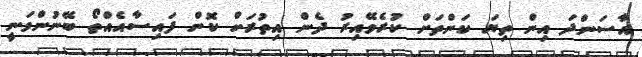
އާސަންދަ އިން ތިޔަ ކަންތަށް ކުރެވޭއިރު ދެން އިތުރަށް ކޮން ފައިސާއެއްތޯ ބޭނުންވަނީ